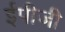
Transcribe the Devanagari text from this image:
ईपीजी